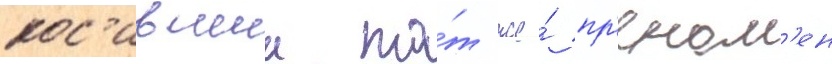
нос'ившии то́т же́ пр'еном'ен